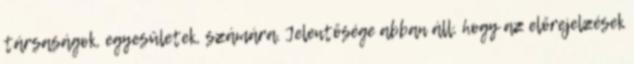
társaságok, egyesületek, számára. Jelentősége abban áll, hogy az előrejelzések